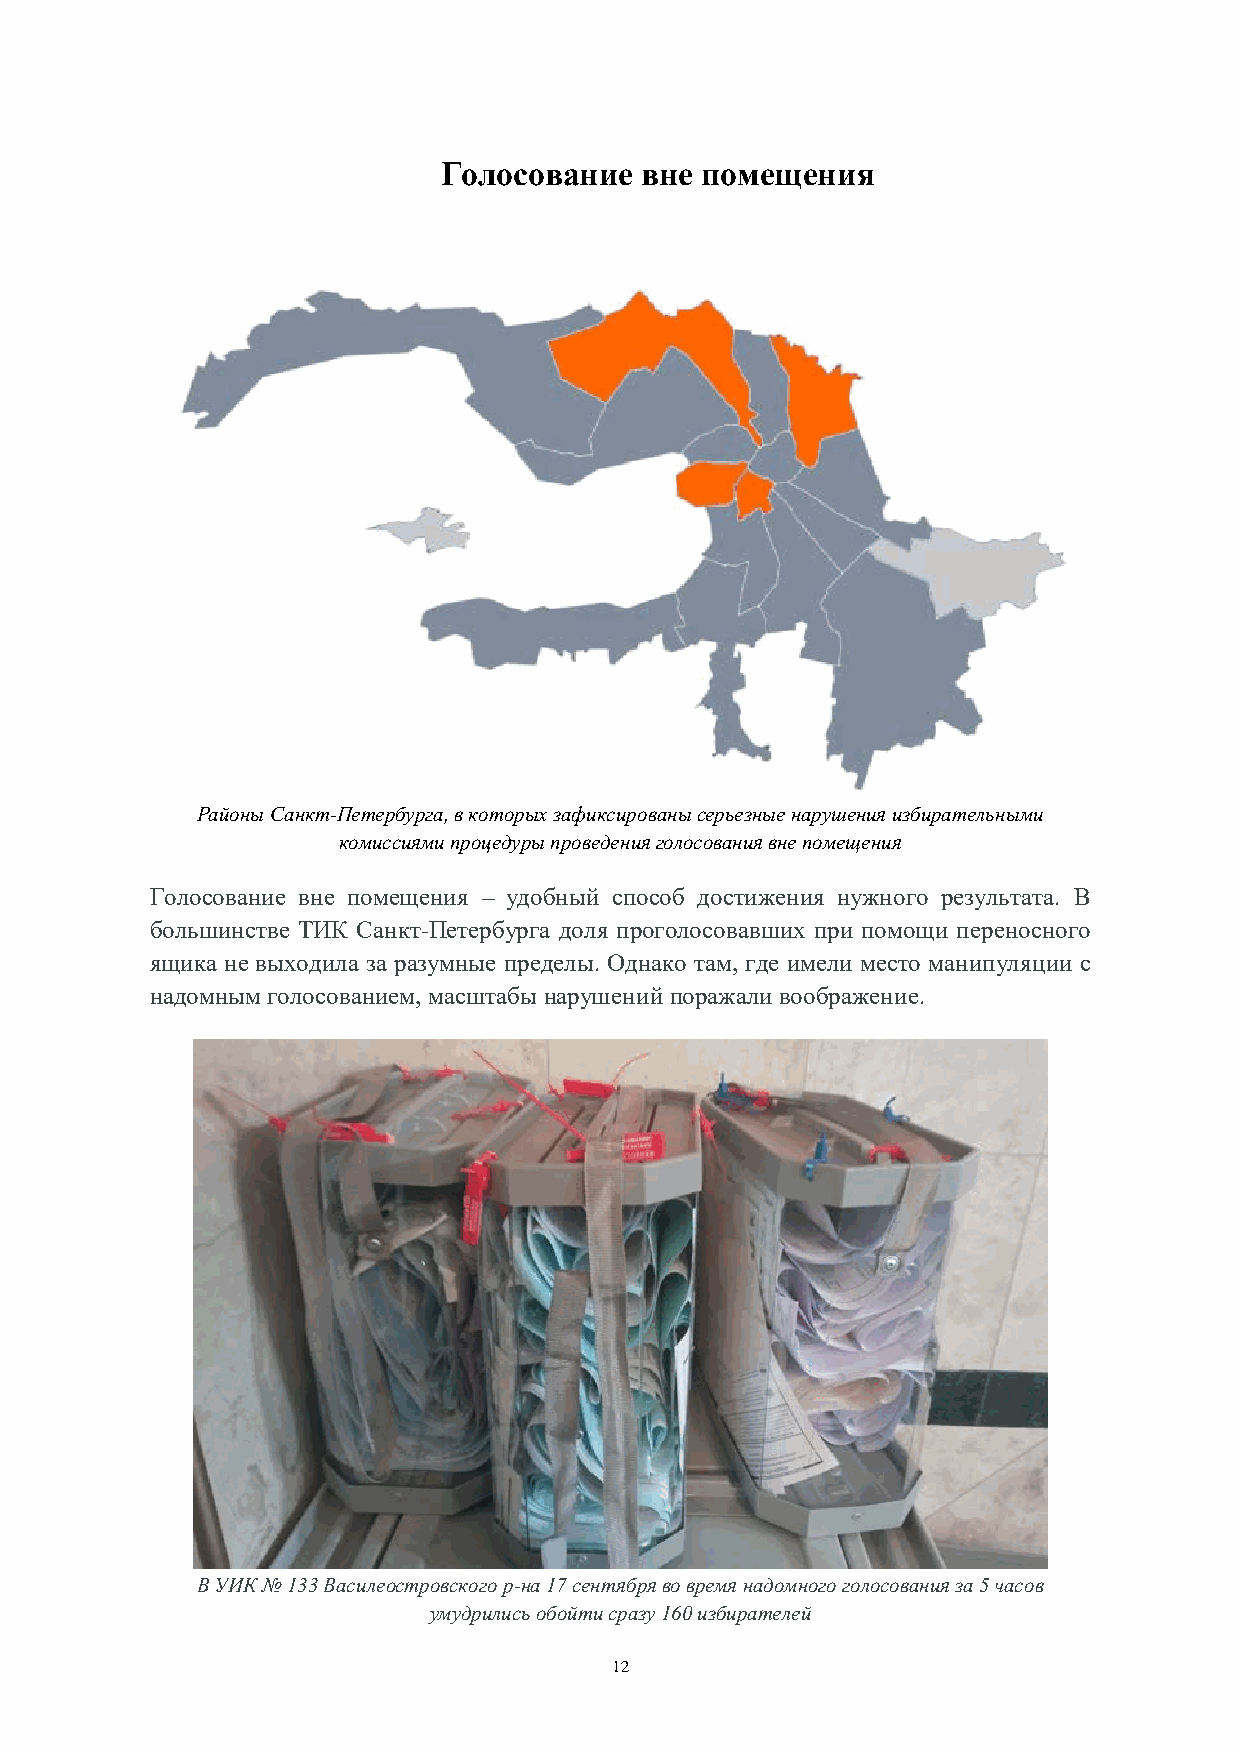
Голосование   вне помещения
 Районы Санкт-Петербурга, в которых зафиксированы серьезные нарушения избирательными
 комиссиями процедуры проведения голосования вне помещения
 Голосование вне помещения – удобный способ достижения нужного результата. В
 большинстве ТИК Санкт-Петербурга доля проголосовавших при помощи переносного
 ящика не выходила за разумные пределы. Однако там, где имели место манипуляции с
 надомным голосованием, масштабы нарушений поражали воображение.
 В УИК № 133 Василеостровского р-на 17 сентября во время надомного голосования за 5 часов
 умудрились обойти сразу 160 избирателей
 12